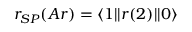
r _ { S P } ( A r ) = \langle 1 | | r ( 2 ) | | 0 \rangle